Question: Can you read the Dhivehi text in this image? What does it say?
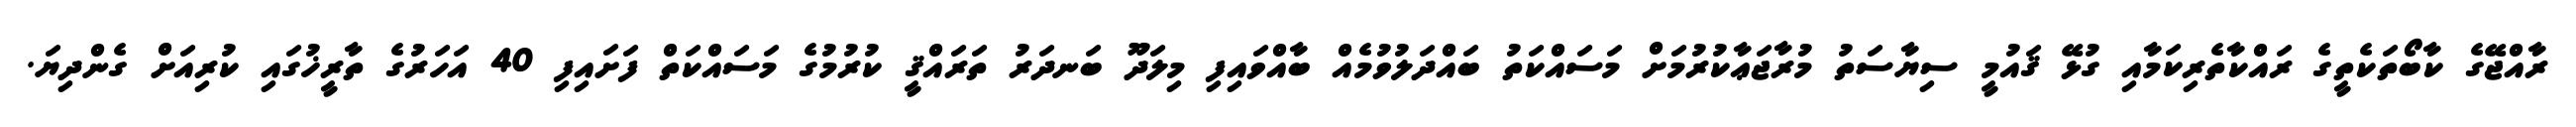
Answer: ރާއްޖޭގެ ކާބޯތަކެތީގެ ރައްކާތެރިކަމާއި ގުޅޭ ޤައުމީ ސިޔާސަތު މުރާޖަޢާކުރުމަށް މަސައްކަތު ބައްދަލުވުމެއް ބާއްވައިފި މިލަދޫ ބަނދަރު ތަރައްޤީ ކުރުމުގެ މަސައްކަތް ފަށައިފި 40 އަހަރުގެ ތާރީޚުގައި ކުރިއަށް ގެންދިޔަ.